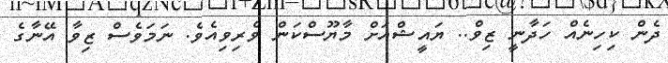
ދެން ކިހިނެއް ހަދާނީ ޒިވް.. ޔައީޝްއަށް މާޔޫސްކަން ވެރިވިއެވެ. ނަމަވެސް ޒިވާ އޭނާގެ